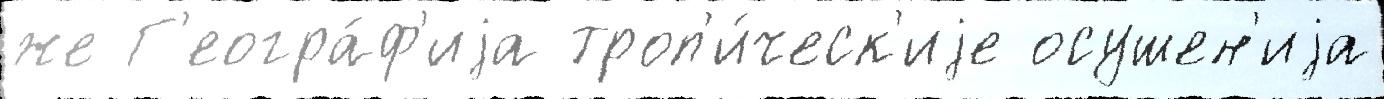
же Г'еогра́ф'иjа троп'и́ческ'иjе осушен'иjа